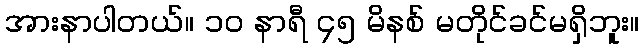
အားနာပါတယ်။ ၁၀ နာရီ ၄၅ မိနစ် မတိုင်ခင်မရှိဘူး။